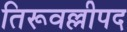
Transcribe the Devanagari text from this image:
तिरूवल्लीपद